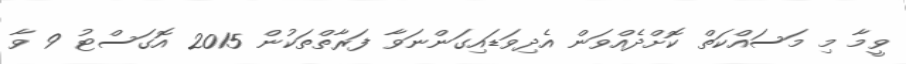
ވީމާ މި މަސައްކަތް ކޮށްދެއްވަން އެދިވަޑައިގަންނަވާ ފަރާތްތަކުން 2015 އޮގަސްޓު 9 ވާ